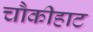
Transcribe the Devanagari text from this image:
चौकीहाट